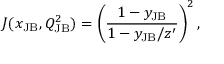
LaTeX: J ( x _ { \mathrm { J B } } , Q _ { \mathrm { J B } } ^ { 2 } ) = \left( \frac { 1 - y _ { \mathrm { J B } } } { 1 - y _ { \mathrm { J B } } / z ^ { \prime } } \right) ^ { 2 } ,